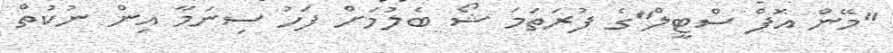
"މޭން އޮފް ސްޓީލް"ގެ ފުރަތަމަ ޝޯ ބެލުމަށް ފަހު ސިނަމާ އިން ނުކުތް